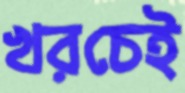
খরচেই